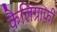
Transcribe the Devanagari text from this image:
कैलिग्राफ़ी